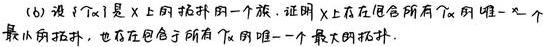
(6) 设 $\{\alpha\}$ 是 $X$ 上的拓扑的一个族. 证明 $X$ 上存在包含所有 $\alpha$ 的唯一一个最小的拓扑, 也存在包含于所有 $\alpha$ 的唯一一个最大的拓扑.